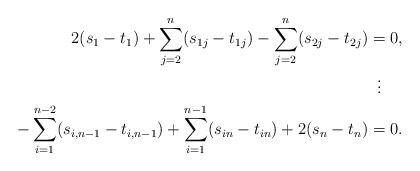
LaTeX: \begin{align*} 2(s_1 - t_1) + \sum_{j = 2}^n (s_{1j} - t_{1j}) - \sum_{j = 2}^n (s_{2j} - t_{2j}) & = 0, \\ & \;\;\vdots \\ -\sum_{i = 1}^{n-2}(s_{i,n-1} - t_{i,n-1}) + \sum_{i = 1}^{n-1}(s_{in} - t_{in}) + 2(s_n - t_n) & = 0.\end{align*}